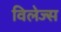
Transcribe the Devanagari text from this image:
विलेज्स